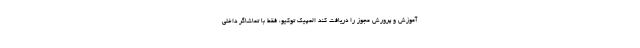
آموزش و پرورش مجوز را دریافت کند المپیک توکیو، فقط با تماشاگر داخلی